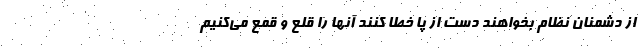
از دشمنان نظام بخواهند دست از پا خطا کنند آنها را قلع و قمع می‌کنیم